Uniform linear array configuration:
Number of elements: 24
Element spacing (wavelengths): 0.5
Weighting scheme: hamming
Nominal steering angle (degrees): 30
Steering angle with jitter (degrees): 28.604
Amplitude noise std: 0.05
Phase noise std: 0.05

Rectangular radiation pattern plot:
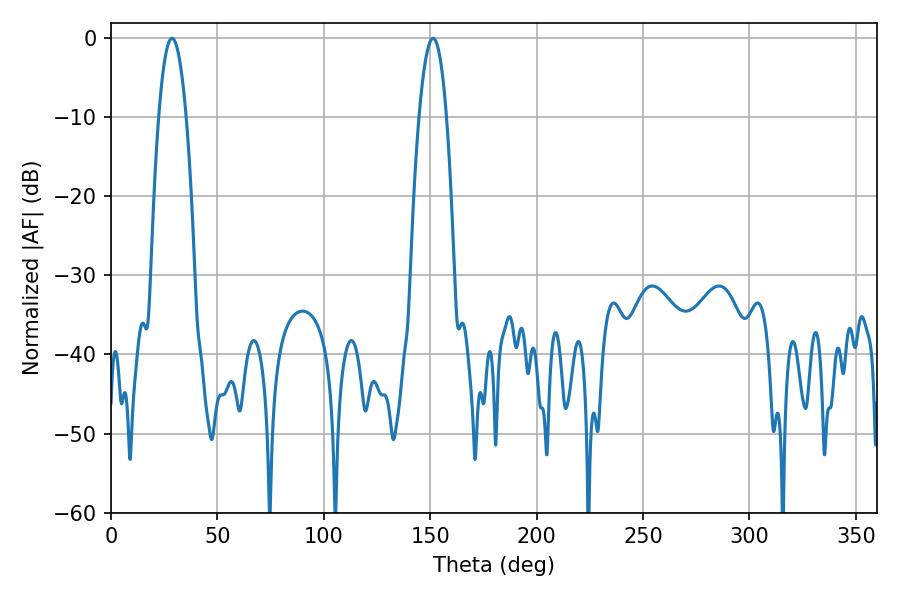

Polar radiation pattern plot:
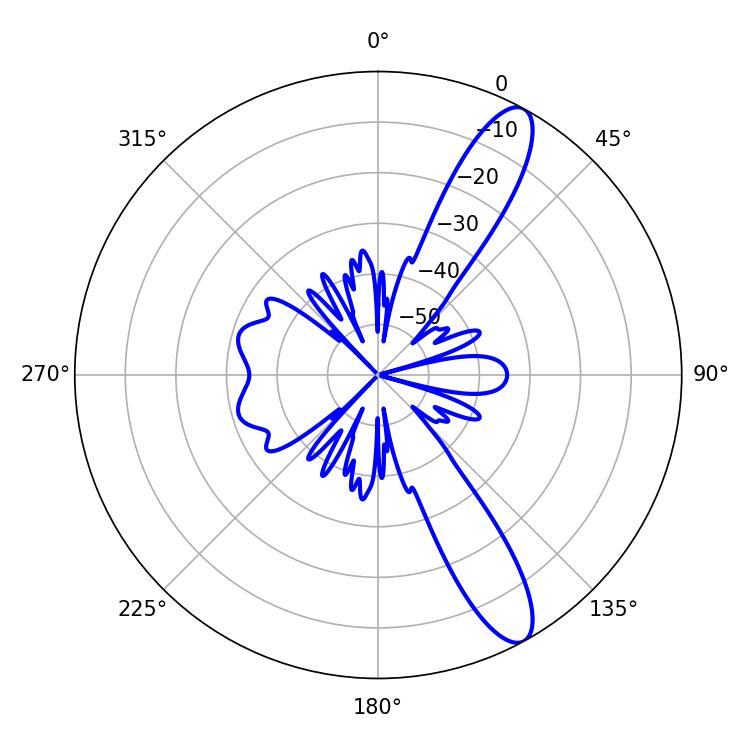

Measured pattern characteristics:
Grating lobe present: FALSE
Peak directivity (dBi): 11.933
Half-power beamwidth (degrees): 7.02
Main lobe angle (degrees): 28.62